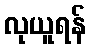
လုယူရန်